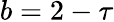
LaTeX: b=2-\tau